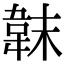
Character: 韎